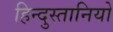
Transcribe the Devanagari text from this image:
हिन्दुस्तानियो